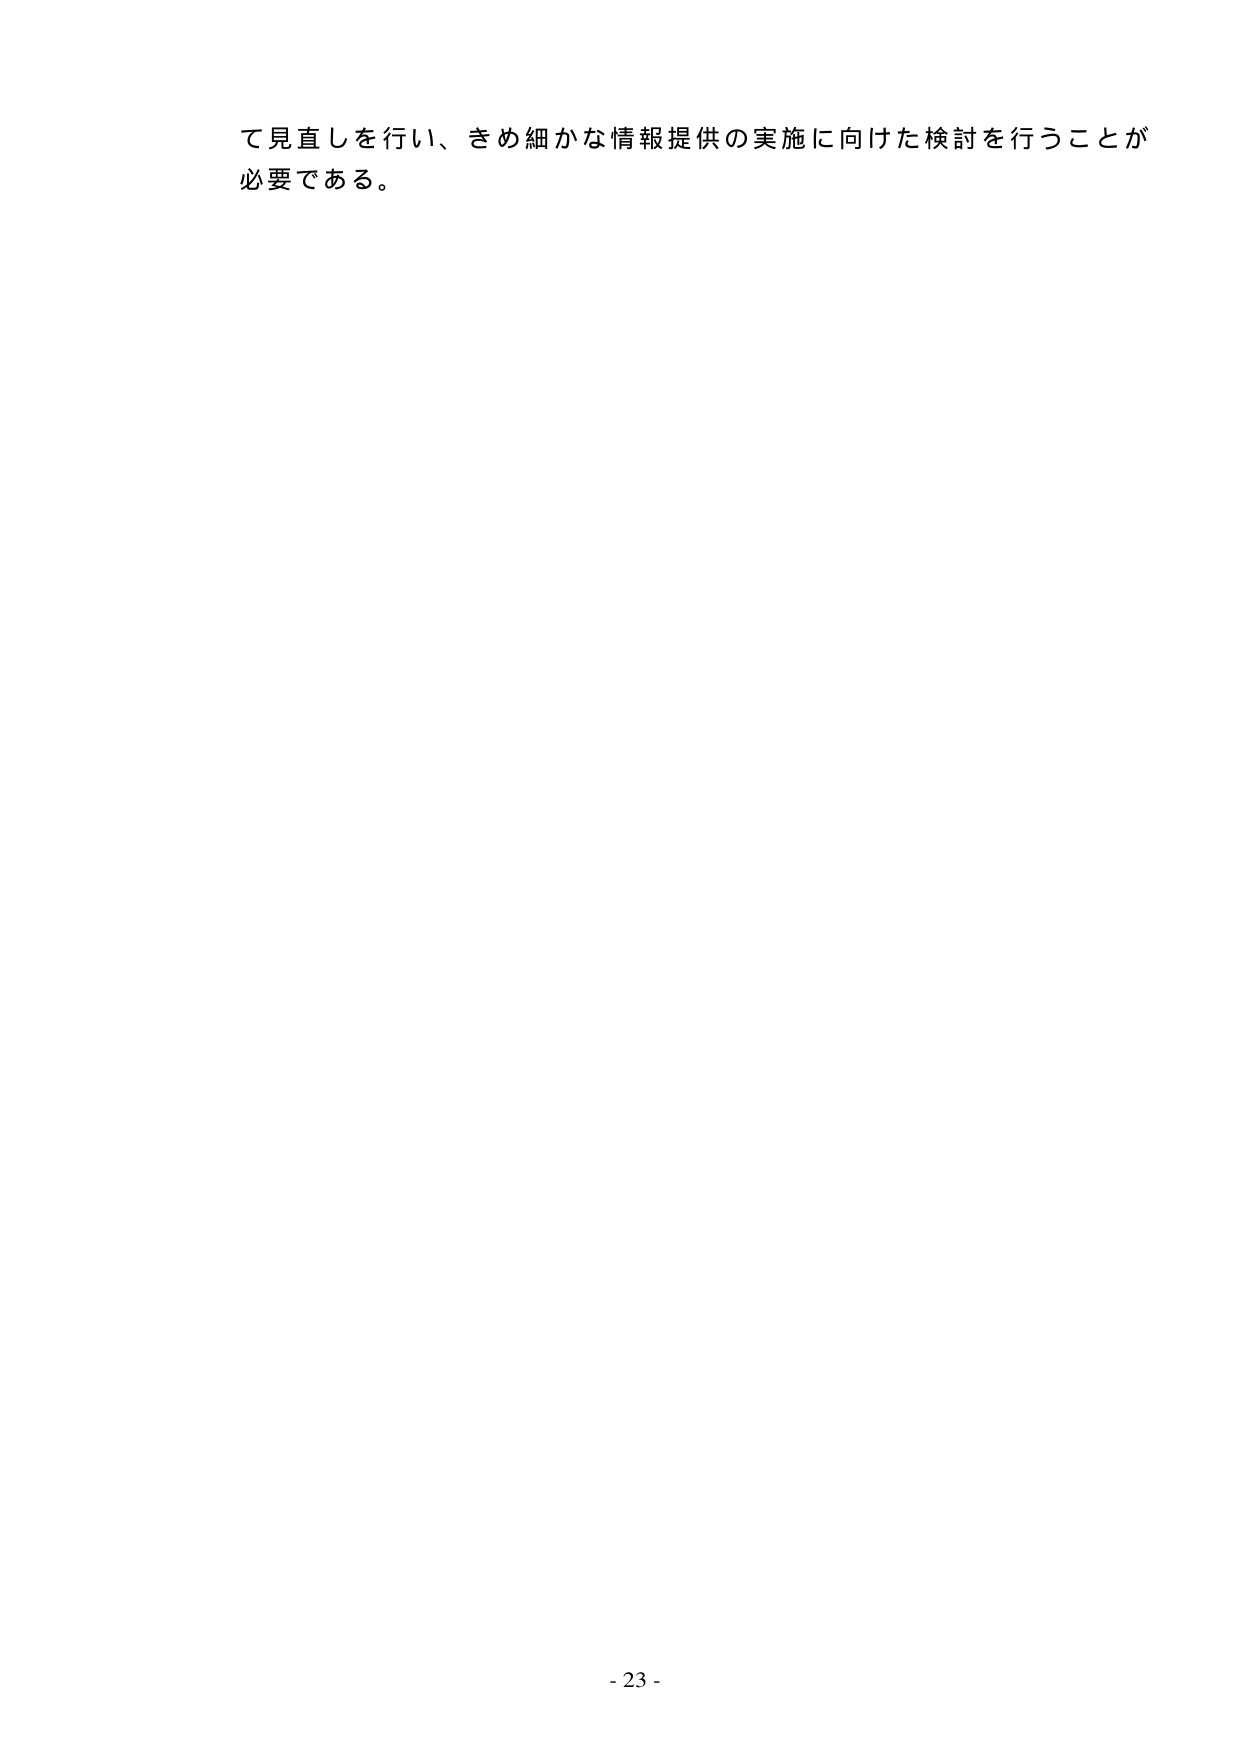
て見直しを行い、きめ細かな情報提供の実施に向けた検討を行うことが必要である。

- 23 -